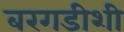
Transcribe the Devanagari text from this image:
बरगडीशी